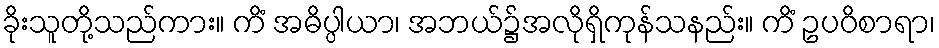
ခိုးသူတို့သည်ကား။ ကိံ အဓိပ္ပါယာ၊ အဘယ်၌အလိုရှိကုန်သနည်း။ ကိံ ဥပဝိစာရာ၊